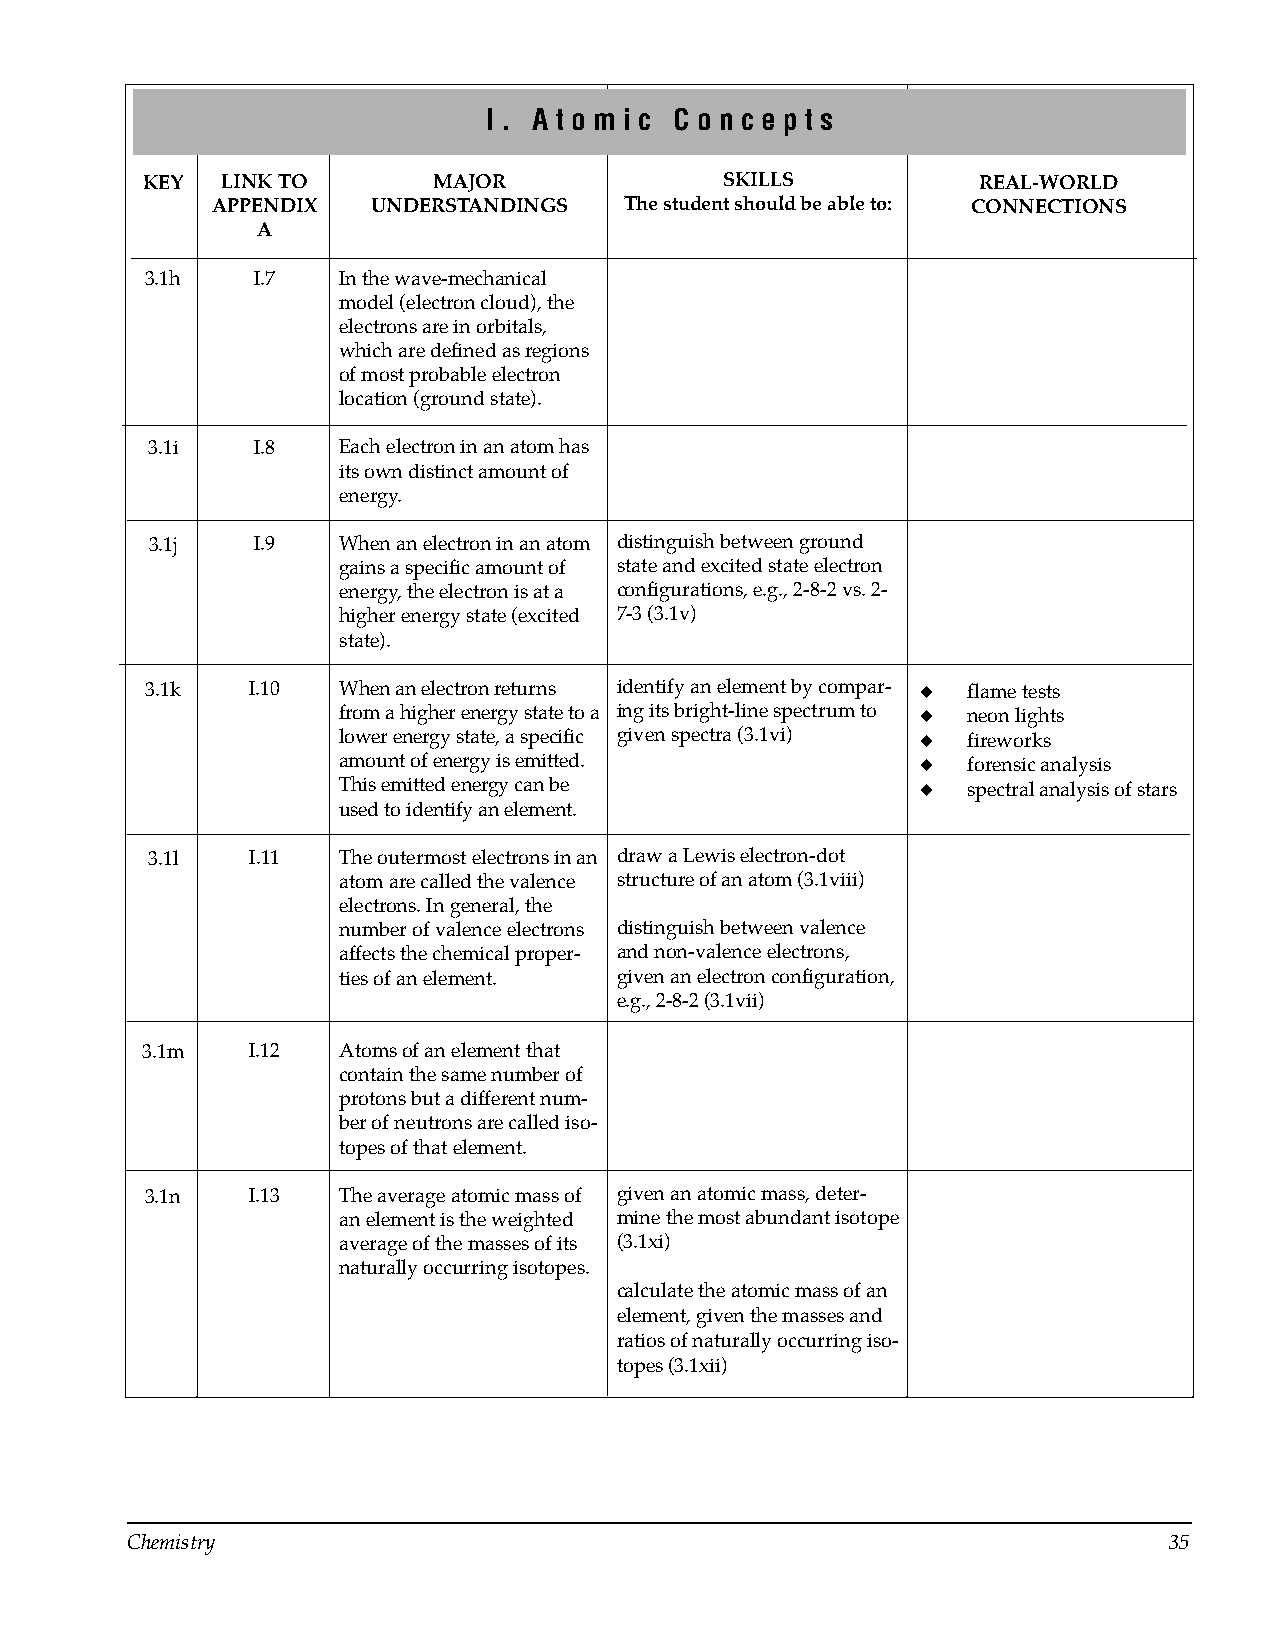
I . A t o m i c C o n c e p t s
 KEY   LINK TO       MAJOR              SKILLS           REAL-WORLD
 APPENDIX   UNDERSTANDINGS  The student should be able to: CONNECTIONS
 A
 3.1h   I.7  In the wave-mechanical
 model (electron cloud), the
 electrons are in orbitals,
 which are defined as regions
 of most probable electron
 location (ground state).
 3.1i   I.8  Each electron in an atom has
 its own distinct amount of
 energy.
 3.1j   I.9  When an electron in an atom distinguish between ground
 gains a specific amount of state and excited state electron
 energy, the electron is at a configurations, e.g., 2-8-2 vs. 2­
 higher energy state (excited 7-3 (3.1v)
 state).
 3.1k  I.10  When an electron returns identify an element by compar­ ◆ flame tests
 from a higher energy state to a ing its bright-line spectrum to ◆ neon lights
 lower energy state, a specific given spectra (3.1vi) ◆ fireworks
 amount of energy is emitted.           ◆  forensic analysis
 This emitted energy can be             ◆  spectral analysis of stars
 used to identify an element.
 3.1l  I.11  The outermost electrons in an draw a Lewis electron-dot
 atom are called the valence structure of an atom (3.1viii)
 electrons. In general, the
 number of valence electrons distinguish between valence
 affects the chemical proper­ and non-valence electrons,
 ties of an element. given an electron configuration,
 e.g., 2-8-2 (3.1vii)
 3.1m   I.12  Atoms of an element that
 contain the same number of
 protons but a different num­
 ber of neutrons are called iso­
 topes of that element.
 3.1n  I.13  The average atomic mass of given an atomic mass, deter­
 an element is the weighted mine the most abundant isotope
 average of the masses of its (3.1xi)
 naturally occurring isotopes.
 calculate the atomic mass of an
 element, given the masses and
 ratios of naturally occurring iso­
 topes (3.1xii)
 Chemistry                                                            35